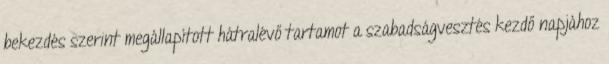
bekezdés szerint megállapított hátralévő tartamot a szabadságvesztés kezdő napjához